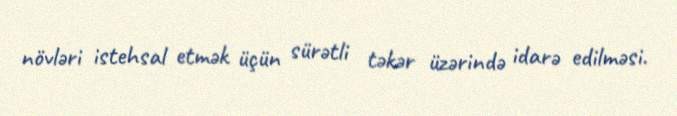
növləri istehsal etmək üçün sürətli təkər üzərində idarə edilməsi.